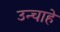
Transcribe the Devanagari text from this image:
उन्चाहे